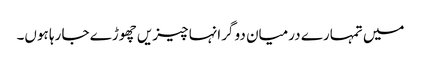
میں تمہارے درمیان دو گرانہا چیزیں چھوڑے جا رہا ہوں۔